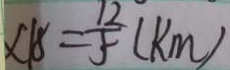
\times 1 8 = \frac { 1 2 } { 5 } ( k m )